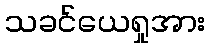
သခင်ယေရှုအား